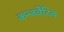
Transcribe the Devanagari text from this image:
कन्जर्वेटिव